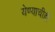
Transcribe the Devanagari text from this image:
येण्याचीही